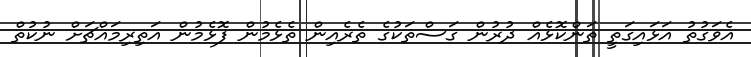
އެވަގުތު އަޅައިގަތީ ތަންކޮޅެއް ދުރުން ގަސްތަކުގެ ތެރެއިން ތެޅެމުން ފޮޅެމުން އަތިރިމައްޗަށް ނުކުތް